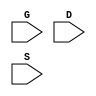
`timescale 1ns/1ps
`celldefine
module PMT3 (G, D, S);
input G;
input D;
input S;



endmodule
`endcelldefine